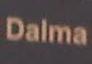
dalma